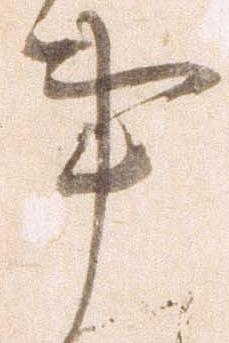
事